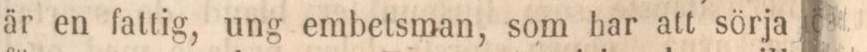
är en fattig, ung embetsman, som har att sörja